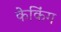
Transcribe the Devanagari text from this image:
केकिंग